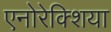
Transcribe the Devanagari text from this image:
एनोरेक्शिया